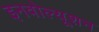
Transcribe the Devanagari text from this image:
इनवोल्यूशन